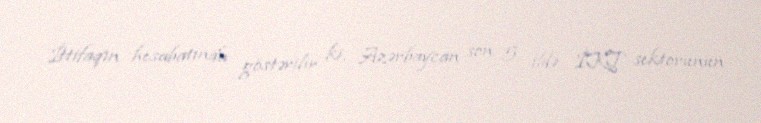
İttifaqın hesabatında göstərilir ki, Azərbaycan son 5 ildə İKT sektorunun